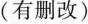
(有删改)